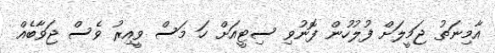
އާމިނަތު ޖަމީލަށް ފުލުހުން ފޮނުވި ސިޓީއަށް ހަ މަސް ވީއިރު ވެސް ޖަވާބެއް